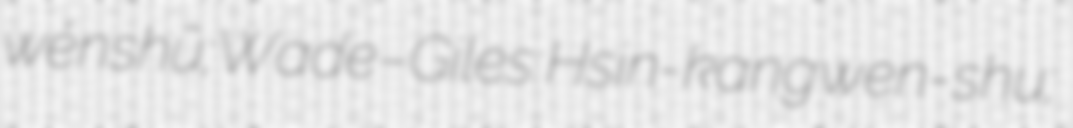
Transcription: wénshū; Wade–Giles: Hsin-kang wen-shu;